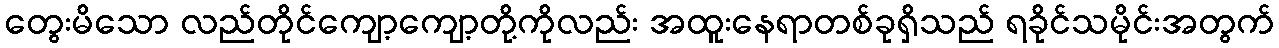
တွေးမိသော လည်တိုင်ကျော့ကျော့တို့ကိုလည်း အထူးနေရာတစ်ခုရှိသည် ရခိုင်သမိုင်းအတွက်